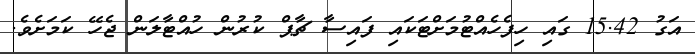
އަގު 15.42 ގައި ހިފެހެއްޓުމަށްޓަކައި ފައިސާ ޗާޕް ކުރުން ހުއްޓާލަން ޖެހޭ ކަމަށެވެ.